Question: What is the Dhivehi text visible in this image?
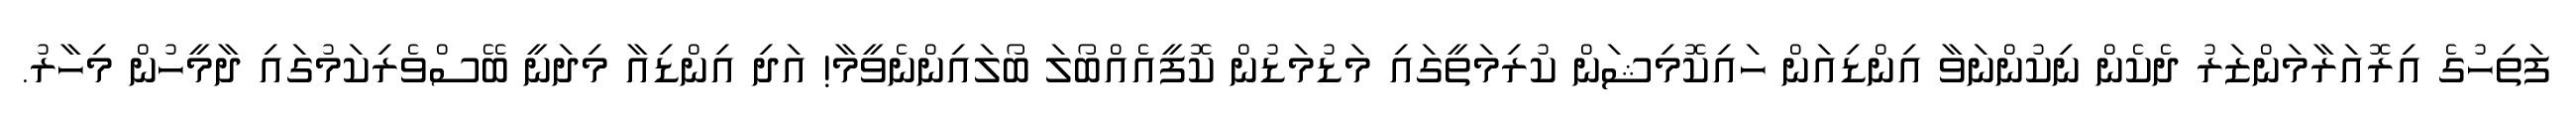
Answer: ފަތިހުގެ އިރޮއަރާމަންޒަރު ދެކެން ނިކުންނަވާ އިންޑިއަން ހައިކޮމިޝަން ކުރިމަތީގައި މަޑުމަޑުން ކޮފީއެއްބޯލަ ބޯލައިންނެވީމާ! އަދި އިންޑިއާ މިދަނީ ބޭސްވެރިކަމުގައި ދާމީހުން މިހާރު.